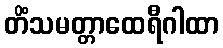
တိံသမတ္တာထေရီဂါထာ